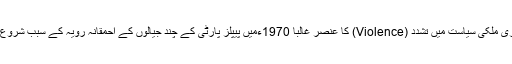
ہماری ملکی سیاست میں تشدد (Violence) کا عنصر غالباً 1970ءمیں پیپلز پارٹی کے چند جیالوں کے احمقانہ رویہ کے سبب شروع ہوا۔